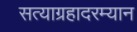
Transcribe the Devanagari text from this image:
सत्याग्रहादरम्यान